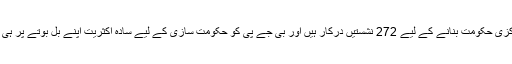
انڈیا میں مرکزی حکومت بنانے کے لیے 272 نشستیں درکار ہیں اور بی جے پی کو حکومت سازی کے لیے سادہ اکثریت اپنے بل بوتے پر ہی مل گئی ہے۔